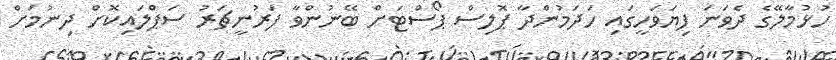
ހުޅުމާލޭގެ ދެވަނަ ފިޔަވަހީގައި ހަދަމުންދާ ޕޮލިސް ޕޯސްޓަށް ބޭނުންވާ ފަރުނީޗަރު ސަޕްލައިކޮށް ދިނުމަށް